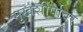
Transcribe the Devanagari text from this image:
मुखशीर्षावर